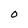
Character: O